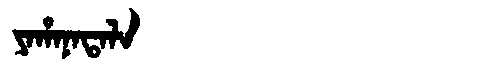
Manchu: ᠶᠠᡥᠠᠨᠠᡨᠠᠯᠠ
Romanization: YAHANATALA